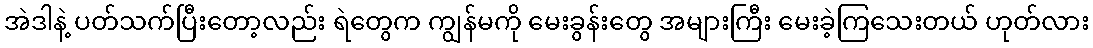
အဲဒါနဲ့ ပတ်သက်ပြီးတော့လည်း ရဲတွေက ကျွန်မကို မေးခွန်းတွေ အများကြီး မေးခဲ့ကြသေးတယ် ဟုတ်လား